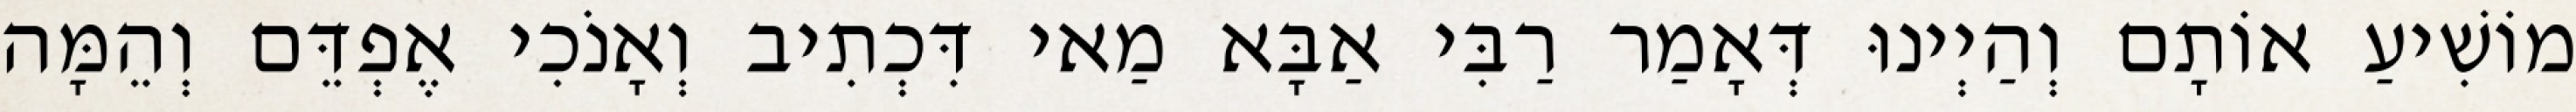
מוֹשִׁיעַ אוֹתָם וְהַיְינוּ דְּאָמַר רַבִּי אַבָּא מַאי דִּכְתִיב וְאָנֹכִי אֶפְדֵּם וְהֵמָּה